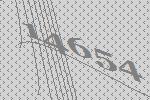
14654